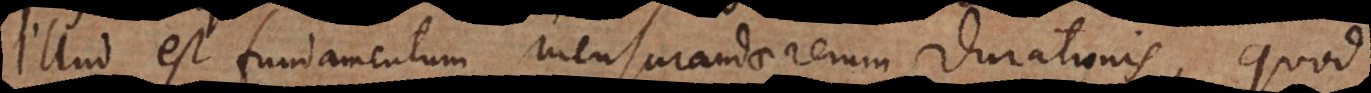
Illud est fundamentum mensurandae rerum durationis, quod